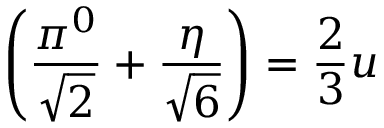
\left( \frac { \pi ^ { 0 } } { \sqrt { 2 } } + \frac { \eta } { \sqrt { 6 } } \right) = \frac { 2 } { 3 } u